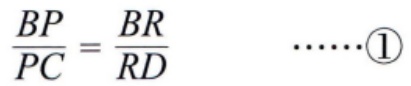
\(\frac{BP}{PC}=\frac{BR}{RD}\quad\cdots\cdots\textcircled{1}\)